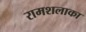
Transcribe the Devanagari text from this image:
रामशलाका